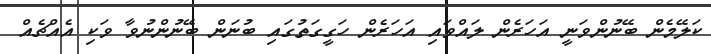
ކަލޭމެން ބޭނުންވަނީ އަހަރެން ލައްވައި އަހަރެން ހަގީގަތުގައި ބުނަން ބޭނުންނުވާ ވަކި އެއްޗެއް